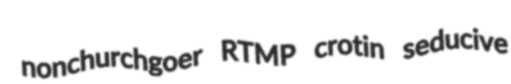
nonchurchgoer RTMP crotin seducive